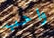
واحب